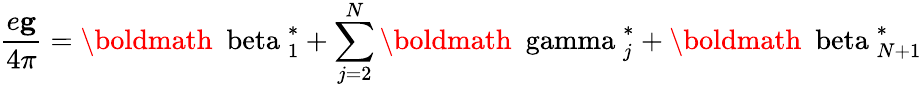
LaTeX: \frac{e{\mathbf g}}{4\pi}={\mathrm{\boldmath~\ beta~}}_{1}^{*}+\sum_{j=2}^{N}{\mathrm{\boldmath~\ gamma~}}_{j}^{*}+{\mathrm{\boldmath~\ beta~}}_{N+1}^{*}